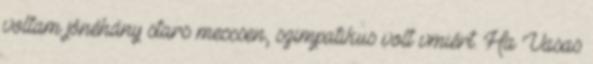
voltam jónéhány stars meccsen, szimpatikus volt vmiért. Ha Vasas